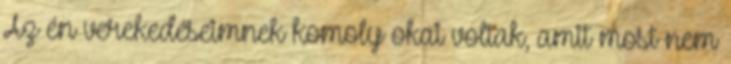
Az én verekedéseimnek komoly okai voltak, amit most nem